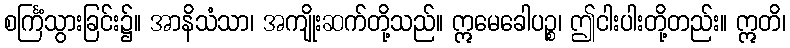
စင်္ကြံသွားခြင်း၌။ အာနိသံသာ၊ အကျိုးဆက်တို့သည်။ ဣမေခေါပဉ္စ၊ ဤငါးပါးတို့တည်း။ ဣတိ၊